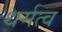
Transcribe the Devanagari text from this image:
धर्मत्व